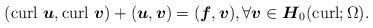
LaTeX: \begin{align*}(\mathrm{curl}\ \boldsymbol{u}, \mathrm{curl}\ \boldsymbol{v}) + (\boldsymbol{u}, \boldsymbol{v})=(\boldsymbol{f}, \boldsymbol{v}),\forall \boldsymbol{v}\in \boldsymbol{H}_0(\mathrm{curl}; \Omega).\end{align*}